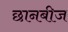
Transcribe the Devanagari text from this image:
छानबीज